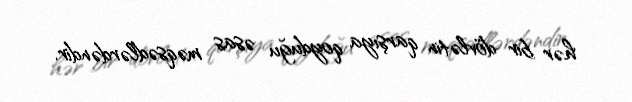
hər bir dövlətin qarşıya qoyduğu əsas məqsədlərdəndir.